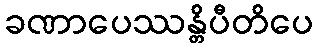
ခဏာပေဿန္တိပီတိပေ